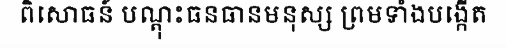
ពិសោធន៍ បណ្តុះធនធានមនុស្ស ព្រមទាំងបង្កើត